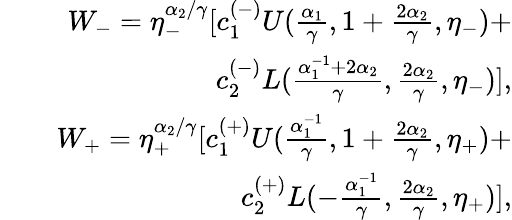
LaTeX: \begin{array}{rlr}&{}&{W_{-}=\eta_{-}^{\alpha_{2}/\gamma}[c_{1}^{(-)}U(\frac{\alpha_{1}}{\gamma},1+\frac{2\alpha_{2}}{\gamma},\eta_{-})+}\\ &{}&{~~~~~~c_{2}^{(-)}L(\frac{\alpha_{1}^{-1}+2\alpha_{2}}{\gamma},\frac{2\alpha_{2}}{\gamma},\eta_{-})],}\\ &{}&{W_{+}=\eta_{+}^{\alpha_{2}/\gamma}[c_{1}^{(+)}U(\frac{\alpha_{1}^{-1}}{\gamma},1+\frac{2\alpha_{2}}{\gamma},\eta_{+})+}\\ &{}&{~~~~~~c_{2}^{(+)}L(-\frac{\alpha_{1}^{-1}}{\gamma},\frac{2\alpha_{2}}{\gamma},\eta_{+})],}\end{array}